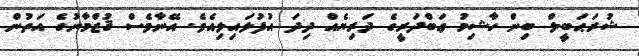
ޝުރަޙަބީލް ބިން ހާޝިމު ޢަބްދަރީގެ ދަރިޔެއް ދިދަ އުފުލައިލިއެވެ. އޭނާވެސް ޤުޒްމާނުގެ އަތުން